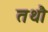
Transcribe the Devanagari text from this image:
तथौ